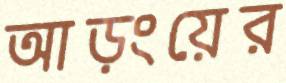
আড়ংয়ের